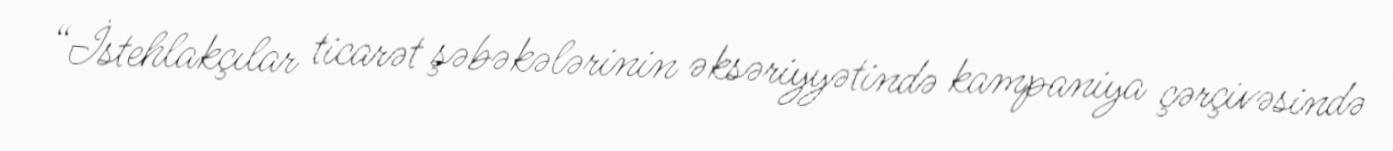
“İstehlakçılar ticarət şəbəkələrinin əksəriyyətində kampaniya çərçivəsində